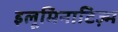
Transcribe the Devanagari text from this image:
इलूमिनाटिज़्म